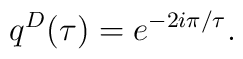
q^{D}(\tau )=e^{-2i\pi /\tau}.